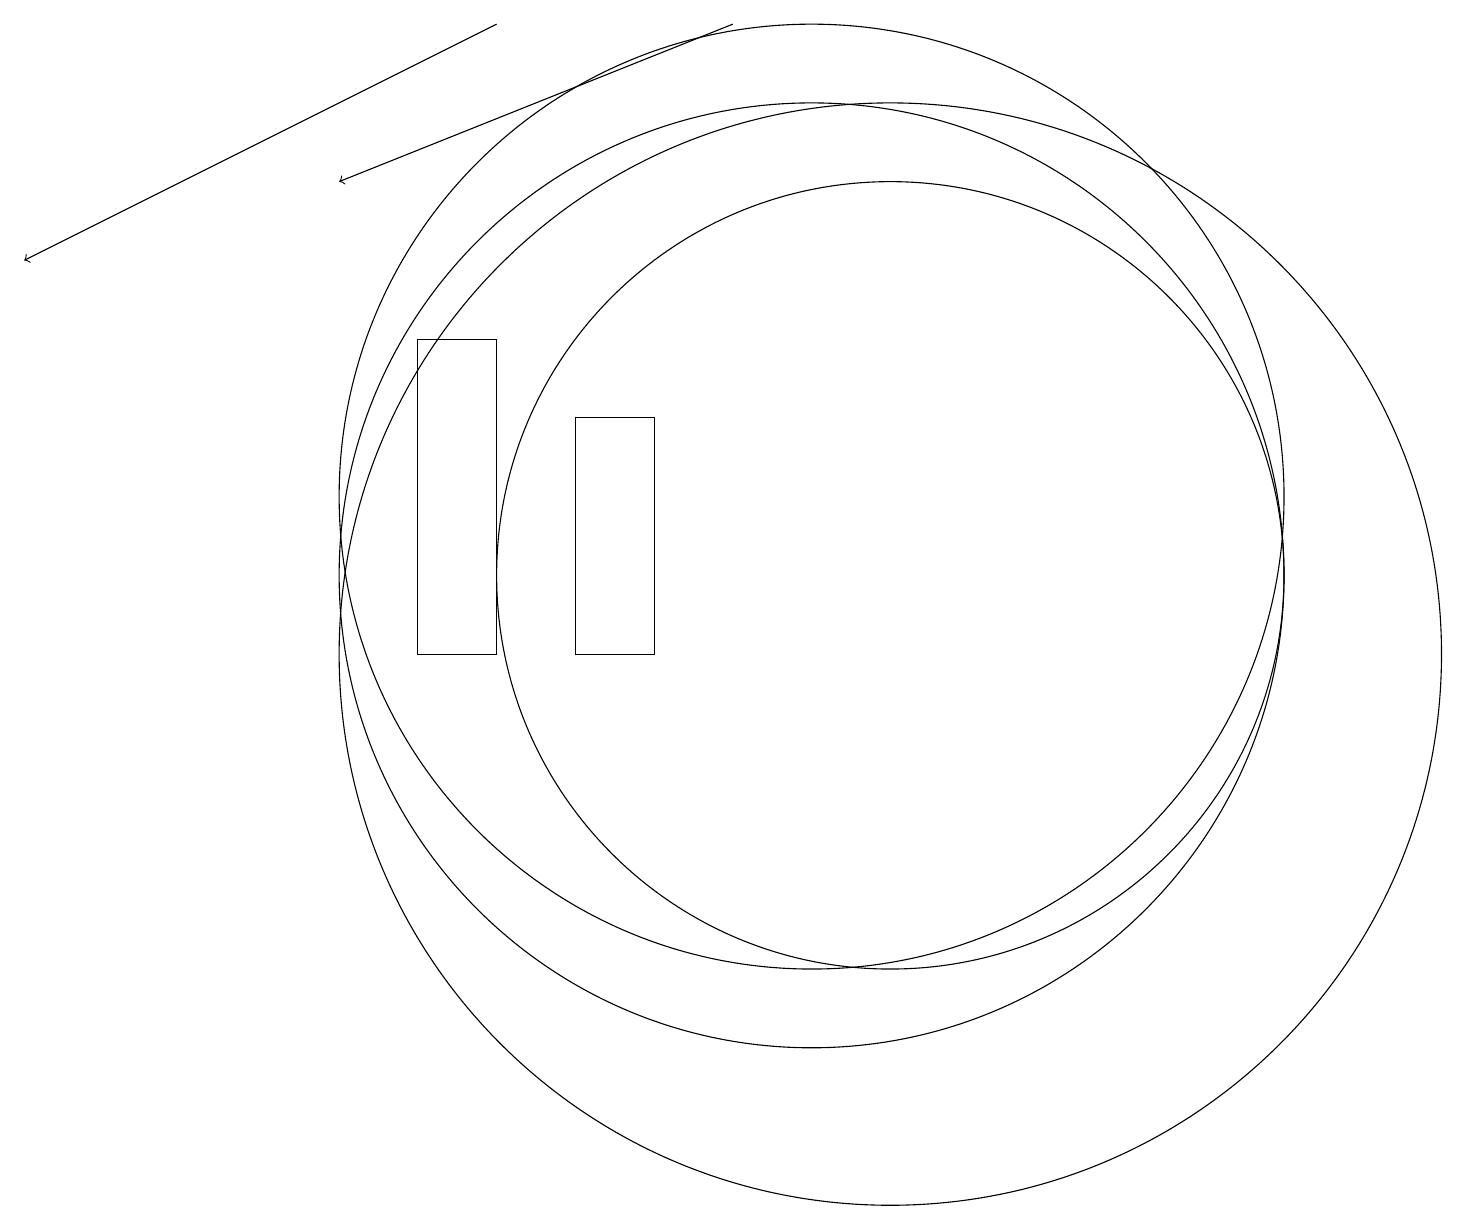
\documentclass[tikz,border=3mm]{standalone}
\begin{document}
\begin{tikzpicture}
\draw[->] (6,18) -- (0,15);
\draw (8,13) rectangle (7,10);
\draw (10,12) circle (6);
\draw (6,14) rectangle (5,10);
\draw (10,11) circle (6);
\draw (11,10) circle (7);
\draw[->] (9,18) -- (4,16);
\draw (11,11) circle (5);
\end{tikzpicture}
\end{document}